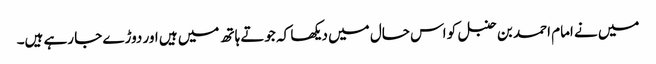
میں نے امام احمد بن حنبل کو اس حال میں دیکھا کہ جوتے ہاتھ میں ہیں اور دوڑے جا رہے ہیں۔